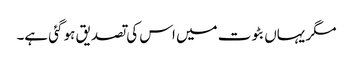
مگر یہاں بٹوت میں اس کی تصدیق ہو گئی ہے۔